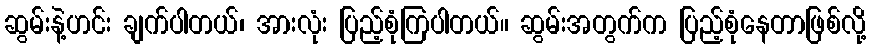
ဆွမ်းနဲ့ဟင်း ချက်ပါတယ်၊ အားလုံး ပြည့်စုံကြပါတယ်။ ဆွမ်းအတွက်က ပြည့်စုံနေတာဖြစ်လို့